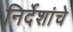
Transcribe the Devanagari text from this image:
निर्देशांचे